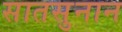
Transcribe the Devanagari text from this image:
सातसुनान